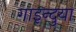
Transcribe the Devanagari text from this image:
गाइन्दुया